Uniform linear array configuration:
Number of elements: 4
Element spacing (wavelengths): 0.5
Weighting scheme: hann
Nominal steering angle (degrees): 30
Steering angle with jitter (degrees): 30.182
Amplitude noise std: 0.05
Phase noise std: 0.05

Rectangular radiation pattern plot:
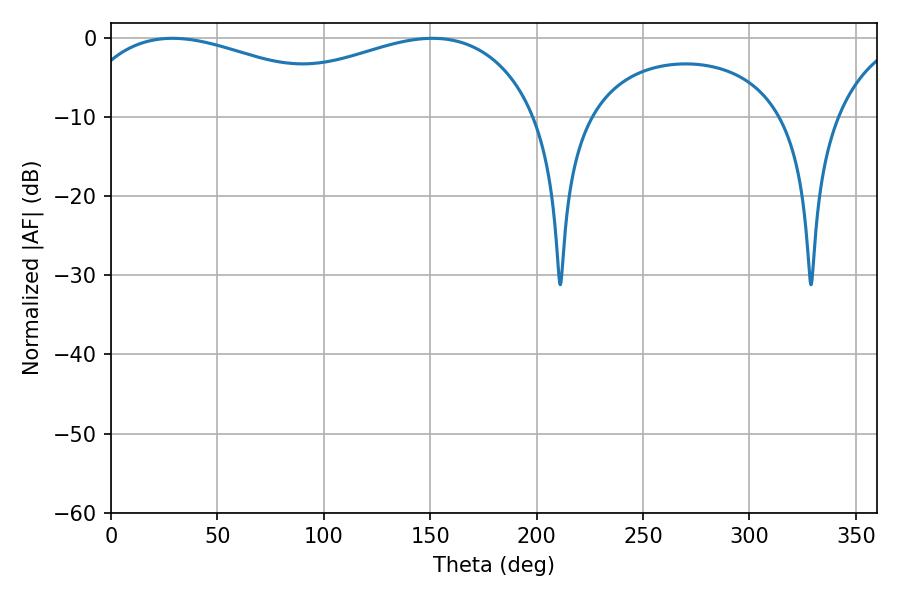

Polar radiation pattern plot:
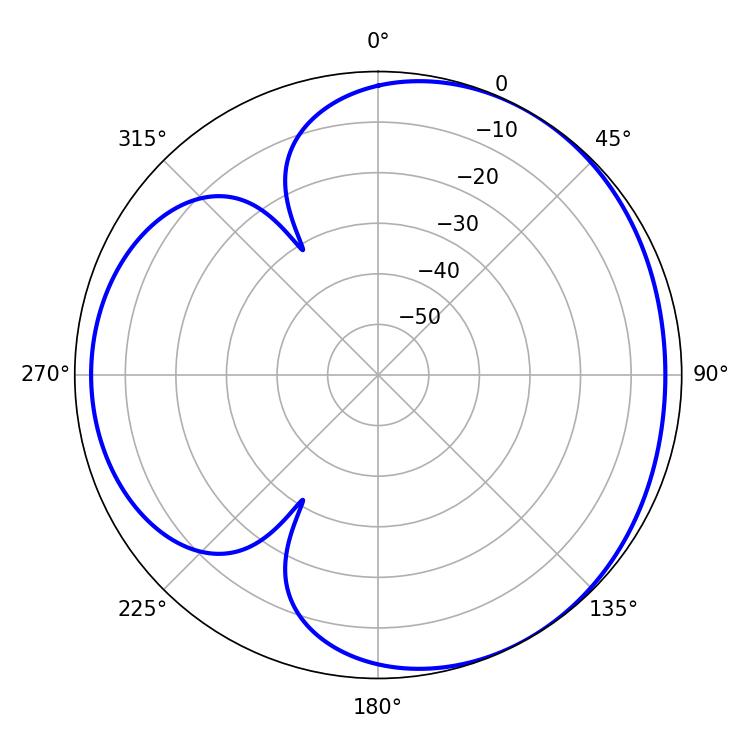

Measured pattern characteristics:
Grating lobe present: FALSE
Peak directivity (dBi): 3.505
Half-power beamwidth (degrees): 79.56
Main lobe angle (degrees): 28.98